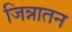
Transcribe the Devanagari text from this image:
जिन्नातन